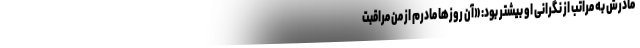
مادرش به مراتب از نگرانی او بیشتر بود: «آن روزها مادرم از من مراقبت